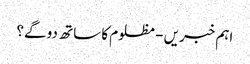
اہم خبریں - مظلوم کا ساتھ دو گے؟